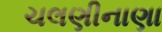
ચલણીનાણા